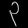
Digit: ၃